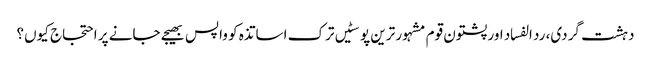
دہشت گردی، رد الفساد اور پشتون قوم	مشہور ترین پوسٹیں	ترک اساتذہ کو واپس بھیجے جانے پر احتجاج کیوں؟